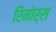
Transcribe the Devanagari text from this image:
रिमोर्स